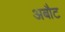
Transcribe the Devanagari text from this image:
अबौट